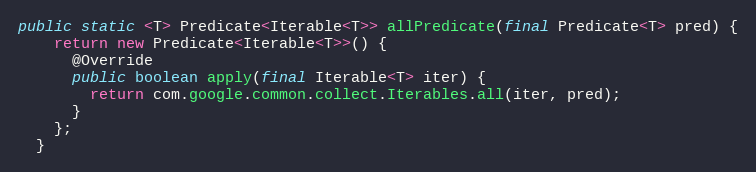
Language: Java
public static <T> Predicate<Iterable<T>> allPredicate(final Predicate<T> pred) {
    return new Predicate<Iterable<T>>() {
      @Override
      public boolean apply(final Iterable<T> iter) {
        return com.google.common.collect.Iterables.all(iter, pred);
      }
    };
  }